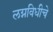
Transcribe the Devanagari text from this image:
लग्नविधीचे